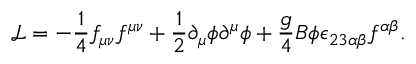
{ \mathcal { L } } = - \frac { 1 } { 4 } f _ { \mu \nu } f ^ { \mu \nu } + \frac { 1 } { 2 } \partial _ { \mu } \phi \partial ^ { \mu } \phi + \frac { g } { 4 } B \phi \epsilon _ { 2 3 \alpha \beta } f ^ { \alpha \beta } .